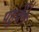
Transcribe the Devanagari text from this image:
पहुंचेंगे